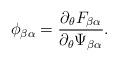
LaTeX: \begin{align*}\phi_{\beta\alpha} = \frac{\partial_\theta F_{\beta\alpha}}{\partial_\theta \Psi_{\beta\alpha}}.\end{align*}